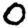
Digit: 0